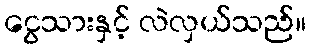
ငွေသားနှင့် လဲလှယ်သည်။